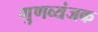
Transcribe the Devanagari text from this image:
गुणव्यंजक